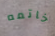
خاتمه